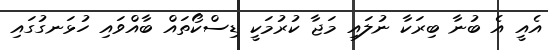
އެއީ އެ ބުނާ ބިރަކާ ނުލައި މަޖާ ކުރުމަކީ ޑިސްކޯތައް ބާއްވައި ހުޅަނގުގައި